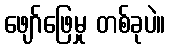
ဖျော်ဖြေမှု တစ်ခုပဲ။